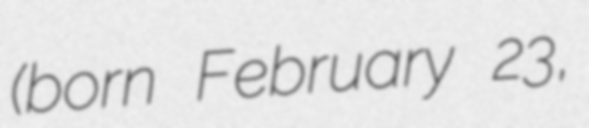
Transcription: (born February 23,